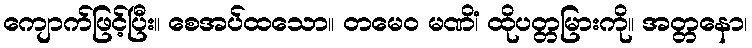
ကျောက်ဖြင့်ပြီး။ စေအပ်ထသော။ တမေဝ မဏိံ၊ ထိုပတ္တမြားကို။ အတ္တနော၊